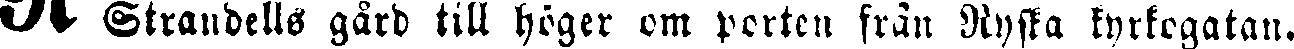
"T' Strandells gård till höger om porten från Ryska kyrkogatan.